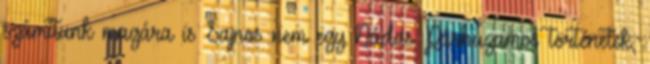
számítunk magára is Sajnos nem egy Nádas Párhuzamos történetek,